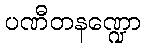
ပဏီတနဏ္ဍော